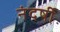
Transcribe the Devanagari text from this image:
नंदर्षी